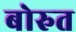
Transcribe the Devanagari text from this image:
बोरुत